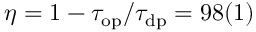
\eta = 1 - \tau _ { \mathrm { o p } } / \tau _ { \mathrm { d p } } = 9 8 ( 1 ) \